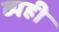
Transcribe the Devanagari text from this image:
व्यही